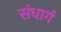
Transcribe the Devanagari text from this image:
संधार्ग